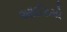
આઈટમો